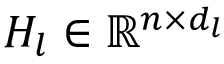
H _ { l } \in \mathbb { R } ^ { n \times d _ { l } }